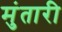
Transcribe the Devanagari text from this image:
मुंतारी